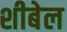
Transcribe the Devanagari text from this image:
शीबेल